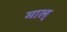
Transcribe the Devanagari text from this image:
माल्